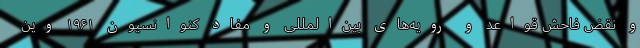
و نقض فاحش قواعد و رویه‌های بین‌المللی و مفاد کنوانسیون ۱۹۶۱ وین